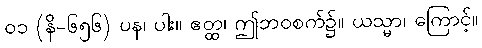
၀၁ (နိ-၆၅၆) ပန၊ ပါး။ ဧတ္ထ၊ ဤဘဝစက်၌။ ယသ္မာ၊ ကြောင့်။